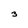
Character: 3